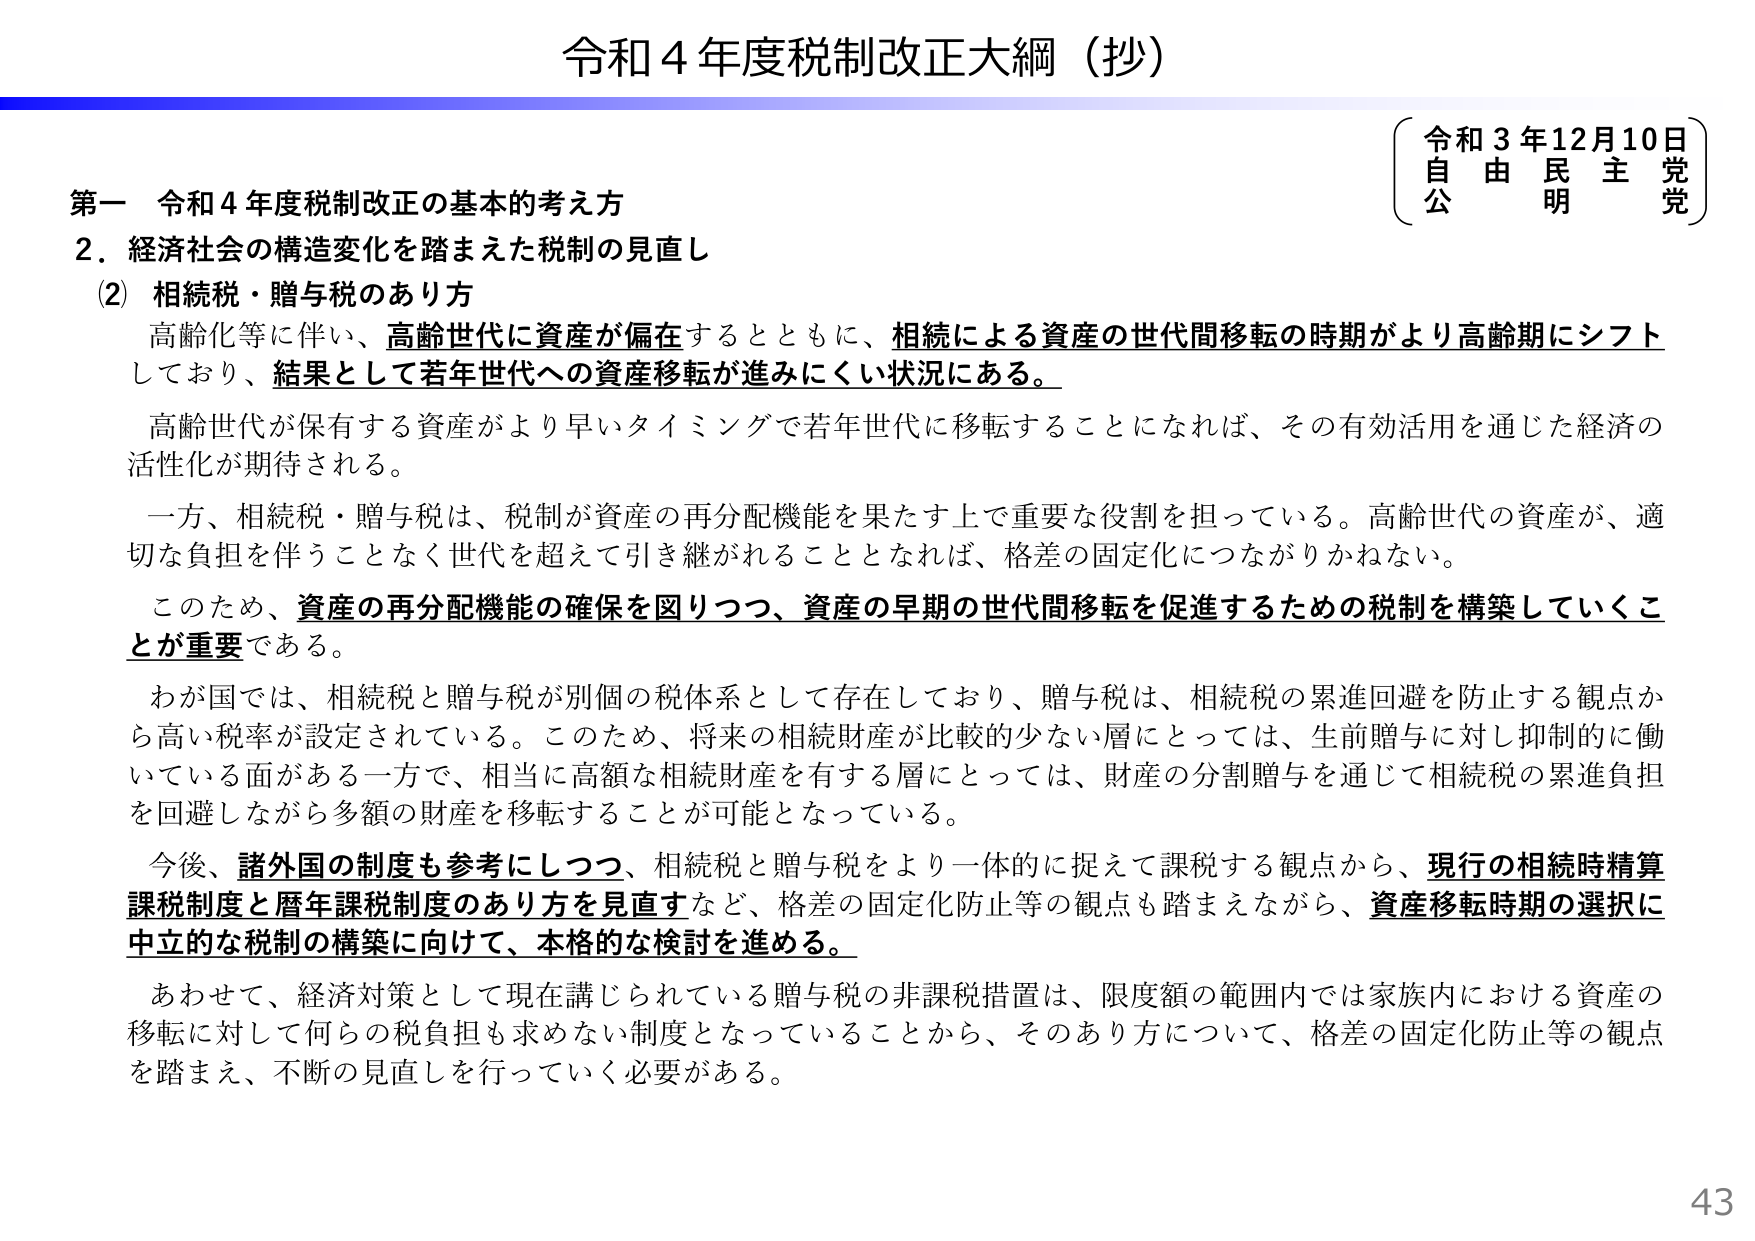
令和４年度税制改正大綱（抄）

令和３年12月10日
自由民主党
公明党

第一 令和４年度税制改正の基本的考え方
２．経済社会の構造変化を踏まえた税制の見直し
（2）相続税・贈与税のあり方

高齢化等に伴い、高齢世代に資産が偏在するとともに、相続による資産の世代間移転の時期がより高齢期にシフトしており、結果として若年世代への資産移転が進みにくい状況にある。

高齢世代が保有する資産がより早いタイミングで若年世代に移転することになれば、その有効活用を通じた経済の活性化が期待される。

一方、相続税・贈与税は、税制が資産の再分配機能を果たす上で重要な役割を担っている。高齢世代の資産が、適切な負担を伴うことなく世代を超えて引き継がれることとなれば、格差の固定化につながりかねない。

このため、資産の再分配機能の確保を図りつつ、資産の早期の世代間移転を促進するための税制を構築していくことが重要である。

わが国では、相続税と贈与税が別個の税体系として存在しており、贈与税は、相続税の累進回避を防止する観点から高い税率が設定されている。このため、将来の相続財産が比較的少ない層にとっては、生前贈与に対し抑制的に働いている面がある一方で、相当に高額な相続財産を有する層にとっては、財産の分割贈与を通じて相続税の累進負担を回避しながら多額の財産を移転することが可能となっている。

今後、諸外国の制度も参考にしつつ、相続税と贈与税をより一体的に捉えて課税する観点から、現行の相続時精算課税制度と暦年課税制度のあり方を見直すなど、格差の固定化防止等の観点も踏まえながら、資産移転時期の選択に中立的な税制の構築に向けて、本格的な検討を進める。

あわせて、経済対策として現在講じられている贈与税の非課税措置は、限度額の範囲内では家族内における資産の移転に対して何らの税負担も求めない制度となっていることから、そのあり方について、格差の固定化防止等の観点を踏まえ、不断の見直しを行っていく必要がある。

43